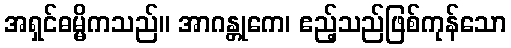
အရှင်ဓမ္မိကသည်။ အာဂန္တုကေ၊ ဧည့်သည်ဖြစ်ကုန်သော